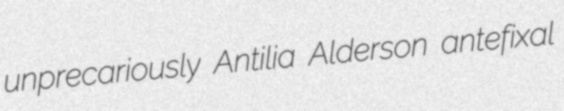
unprecariously Antilia Alderson antefixal